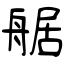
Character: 艍